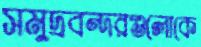
সমুদ্রবন্দরগুলোকে